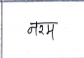
मजकूर: नरम